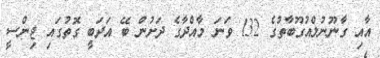
އާއި ގާނޫނުލްއުގޫބާތުގެ 132 ވަނަ މާއްދާގެ ދަށުން ބޭ އަދަބީ ގޮތުގައި ޖިންސީ